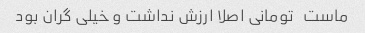
ماست   تومانی اصلا ارزش نداشت و خیلی گران بود